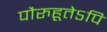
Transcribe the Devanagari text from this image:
पौरुहूतेऽपि